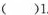
( )1